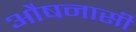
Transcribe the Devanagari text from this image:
औषनासी